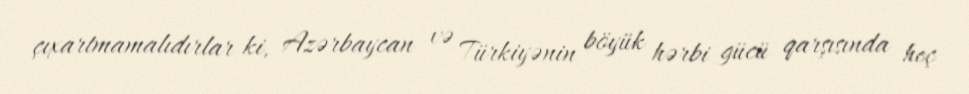
çıxartmamalıdırlar ki, Azərbaycan və Türkiyənin böyük hərbi gücü qarşısında heç